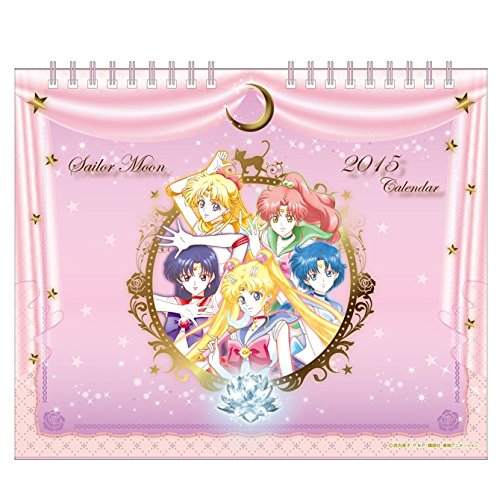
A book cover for Japanese Anime Calendar 2015 Pretty Guardian (Bishojo Senshi) Sailor Moon Crystal Desktop; Calendars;